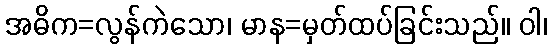
အဓိက=လွန်ကဲသော၊ မာန=မှတ်ထပ်ခြင်းသည်။ ဝါ၊